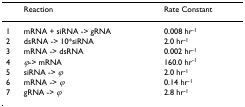
<table><thead><tr><td></td><td><b>Reaction</b></td><td><b>Rate Constant</b></td></tr></thead><tbody><tr><td>1</td><td>mRNA + siRNA -&gt; gRNA</td><td>0.008 hr<sup>-1</sup></td></tr><tr><td>2</td><td>dsRNA -&gt; 10*siRNA</td><td>2.0 hr<sup>-1</sup></td></tr><tr><td>3</td><td>mRNA -&gt; dsRNA</td><td>0.002 hr<sup>-1</sup></td></tr><tr><td>4</td><td><i>φ</i>-&gt; mRNA</td><td>160.0 hr<sup>-1</sup></td></tr><tr><td>5</td><td>siRNA -&gt; <i>φ</i></td><td>2.0 hr<sup>-1</sup></td></tr><tr><td>6</td><td>mRNA -&gt; <i>φ</i></td><td>0.14 hr<sup>-1</sup></td></tr><tr><td>7</td><td>gRNA -&gt; <i>φ</i></td><td>2.8 hr<sup>-1</sup></td></tr></tbody></table>